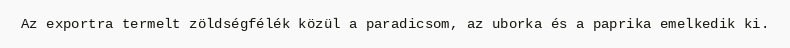
Az exportra termelt zöldségfélék közül a paradicsom, az uborka és a paprika emelkedik ki.